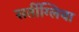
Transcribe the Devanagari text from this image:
सर्तीग्लिया